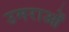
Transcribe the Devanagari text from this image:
उमराओं